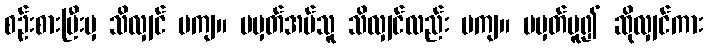
စဉ်းစားပြီးမှ သိလျှင် မကျ။ မမှတ်အပ်သူ သိလျှင်လည်း မကျ။ မမှတ်မူ၍ ဆိုလျှင်ကား